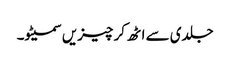
جلدی سے اٹھ کر چیزیں سمیٹو۔